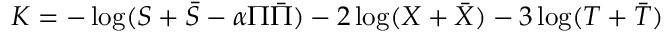
K = - \log ( S + \bar { S } - \alpha \Pi \bar { \Pi } ) - 2 \log ( X + \bar { X } ) - 3 \log ( T + \bar { T } )